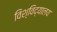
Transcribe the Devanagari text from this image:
विश्‍विद्यालय